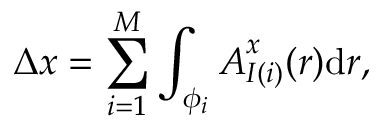
\Delta x = \sum _ { i = 1 } ^ { M } \int _ { \phi _ { i } } { \boldsymbol { A } _ { I ( i ) } ^ { x } ( \boldsymbol { r } ) \mathrm { d } \boldsymbol { r } } ,